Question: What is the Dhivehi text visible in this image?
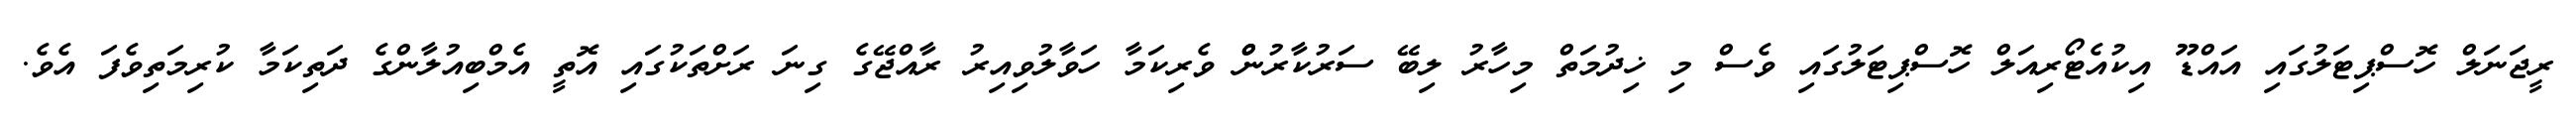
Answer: ރީޖަނަލް ހޮސްޕިޓަލުގައި އައްޑޫ އިކުއެޓޯރިއަލް ހޮސްޕިޓަލުގައި ވެސް މި ޚިދުމަތް މިހާރު ލިބޭ ސަރުކާރުންް ވެރިކަމާ ހަވާލުވިއިރު ރާއްޖޭގެ ގިނަ ރަށްތަކުގައި އޮތީ އެމްބިއުލާންގެ ދަތިކަމާ ކުރިމަތިވެފަ އެވެ.